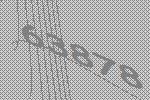
63878